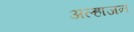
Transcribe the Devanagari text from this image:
अल्हाजन